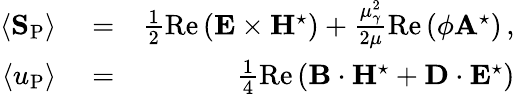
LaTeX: \begin{array}{rlr}{\langle{\mathbf S}_{\mathrm{P}}\rangle}&{{}=}&{\frac{1}{2}\mathrm{Re}\left({\mathbf E}\times{\mathbf H}^{\star}\right)+\frac{\mu_{\gamma}^{2}}{2\mu}\mathrm{Re}\left(\phi{\mathbf A}^{\star}\right)\, ,}\\ {\langle u_{\mathrm{P}}\rangle}&{{}=}&{\frac{1}{4}\mathrm{Re}\left({\mathbf B}\cdot{\mathbf H}^{\star}+{\mathbf D}\cdot{\mathbf E}^{\star}\right)}\end{array}